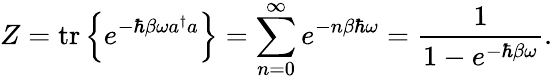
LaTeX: Z={\mathrm{tr}}\left\{ \displaystyle e^{-\hbar\beta\omega a^{\dagger}a}\right\} =\sum_{n=0}^{\infty}e^{-n\beta\hbar\omega}={\frac{1}{1-e^{-\hbar\beta\omega}}}.